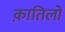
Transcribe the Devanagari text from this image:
क़ातिलों